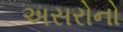
અસરોનો